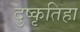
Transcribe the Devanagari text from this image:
दुष्कृतिहा